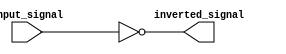
module inverting_buffer (
    input wire input_signal,
    output wire inverted_signal
);

assign inverted_signal = ~input_signal;

endmodule